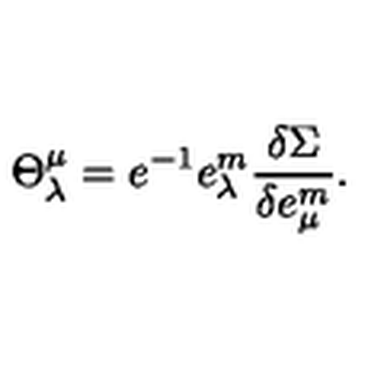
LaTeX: { \Theta } _ { \lambda } ^ { \mu } = e ^ { - 1 } e _ { \lambda } ^ { m } \frac { \delta \Sigma } { \delta e _ { \mu } ^ { m } } .